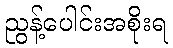
ညွန့်ပေါင်းအစိုးရ